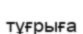
тұғрыға